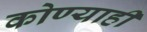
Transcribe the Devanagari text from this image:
कोण्याही